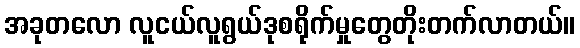
အခုတလော လူငယ်လူရွယ်ဒုစရိုက်မှုတွေတိုးတက်လာတယ်။